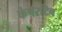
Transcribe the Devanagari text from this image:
कंपॅरटिव